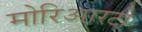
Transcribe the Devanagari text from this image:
मोरिआरटी